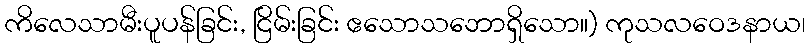
ကိလေသာမီးပူပန်ခြင်း, ငြိမ်းခြင်း ဧသောသဘောရှိသော။) ကုသလဝေဒနာယ၊